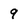
Character: 9